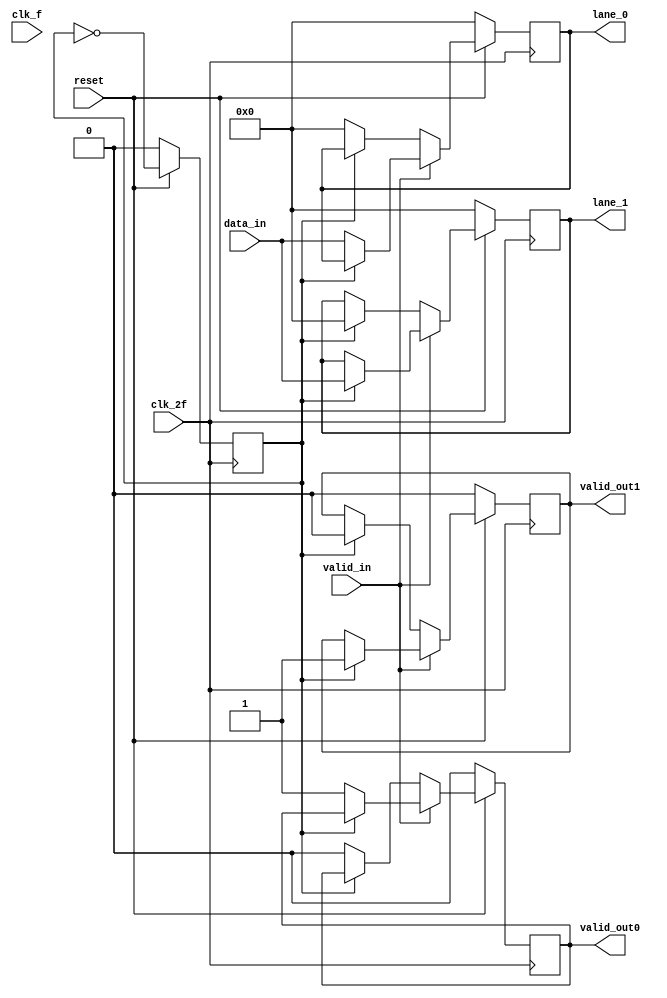
module bytestriping(
    input [31:0] data_in,
    input clk_2f, clk_f, valid_in, reset,
    output reg [31:0] lane_0, lane_1,
    output reg valid_out0, valid_out1);
    
    reg selector;

    always @(posedge clk_2f) begin
        if (reset == 0) begin
                lane_0 <= 0;
                lane_1 <= 0;
                selector <= 0;
                valid_out0 <= 0;
                valid_out1 <= 0;
        end
        else if (valid_in == 0) begin
            if (selector == 0) begin
                lane_0 <= 0;
                valid_out0 <= 0;
                selector <= ~selector;
            end
            else if (selector == 1) begin
                lane_1 <= 0;
                valid_out1 <= 0;
                selector <= ~selector;
            end 
        end
        else if (valid_in == 1) begin
            if (selector == 0) begin
                lane_0 <= data_in;
                valid_out0 <= valid_in;
                selector <= ~selector;
            end 
            else if (selector == 1) begin
                lane_1 <= data_in;
                valid_out1 <= valid_in;
                selector <= ~selector;
            end
        end       
    end
endmodule